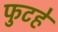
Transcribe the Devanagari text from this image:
फुटहे